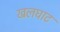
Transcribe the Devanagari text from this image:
खलघाट